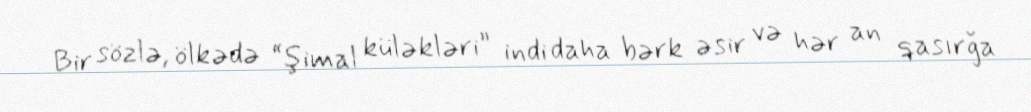
Bir sözlə, ölkədə “şimal küləkləri” indi daha bərk əsir və hər an qasırğa